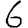
Digit: 6